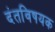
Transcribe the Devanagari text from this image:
दंतविषयक